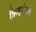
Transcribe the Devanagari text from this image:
फ़िज़्ज़ेराल्ड